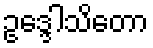
ဥဒ္ဒေါသိတော